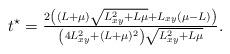
LaTeX: \begin{align*}t^\star=\tfrac{2\left((L+\mu)\sqrt{L_{xy}^2+L\mu}+L_{xy}(\mu-L)\right)}{\left(4L_{xy}^2+(L+\mu)^2\right)\sqrt{L_{xy}^2+L\mu}}.\end{align*}